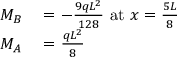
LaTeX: \begin{array} { r l } { M _ { B } } & { { } = - { \frac { 9 q L ^ { 2 } } { 1 2 8 } } { \mathrm { ~ a t ~ } } x = { \frac { 5 L } { 8 } } } \\ { M _ { A } } & { { } = { \frac { q L ^ { 2 } } { 8 } } } \end{array}